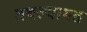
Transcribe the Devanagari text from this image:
तबल्यागत